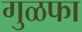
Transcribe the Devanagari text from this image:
गुळफा